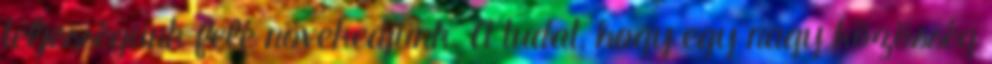
teljességünk felé növekedjünk. A tudat, hogy egy nagy közösség